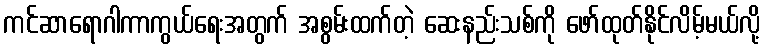
ကင်ဆာရောဂါကာကွယ်ရေးအတွက် အစွမ်းထက်တဲ့ ဆေးနည်းသစ်ကို ဖော်ထုတ်နိုင်လိမ့်မယ်လို့